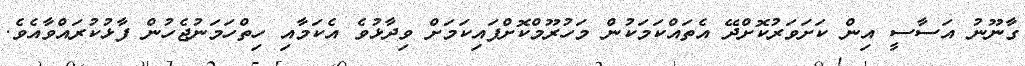
ގާނޫނު އަސާސީ އިން ކަށަވަރުކޮށްދޭ އެތައްކަމަކުން މަހުރޫމްކޮށްފައިކަމަށް ވިދާޅުވެ އެކަމާއި ހިތްހަމަނުޖެހުން ފާޅުކުރައްވާއެވެ.